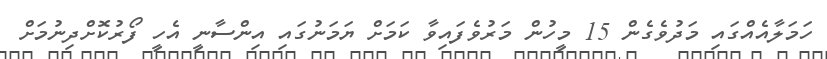
ހަމަލާއެއްގައި މަދުވެގެން 15 މީހުން މަރުވެފައިވާ ކަމަށް ޔަމަނުގައި އިންސާނީ އެހީ ފޯރުކޮށްދިނުމަށް